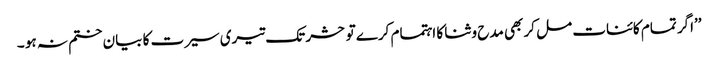
’’اگر تمام کائنات مل کر بھی مدح و ثنا کا اہتمام کرے تو حشر تک تیری سیرت کا بیان ختم نہ ہو ۔